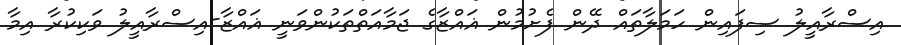
އިސްރާއީލު ސިފައިން ހަމަލާތައް ދޭން ފެށުމުން ޣައްޒާގެ ޖަމާއަތްތަކުންވަނީ ޣައްޒާ-އިސްރާއީލު ވަކިކުރާ އިމާ